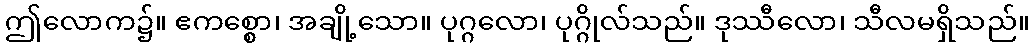
ဤလောက၌။ ဧကစ္စော၊ အချို့သော။ ပုဂ္ဂလော၊ ပုဂ္ဂိုလ်သည်။ ဒုဿီလော၊ သီလမရှိသည်။